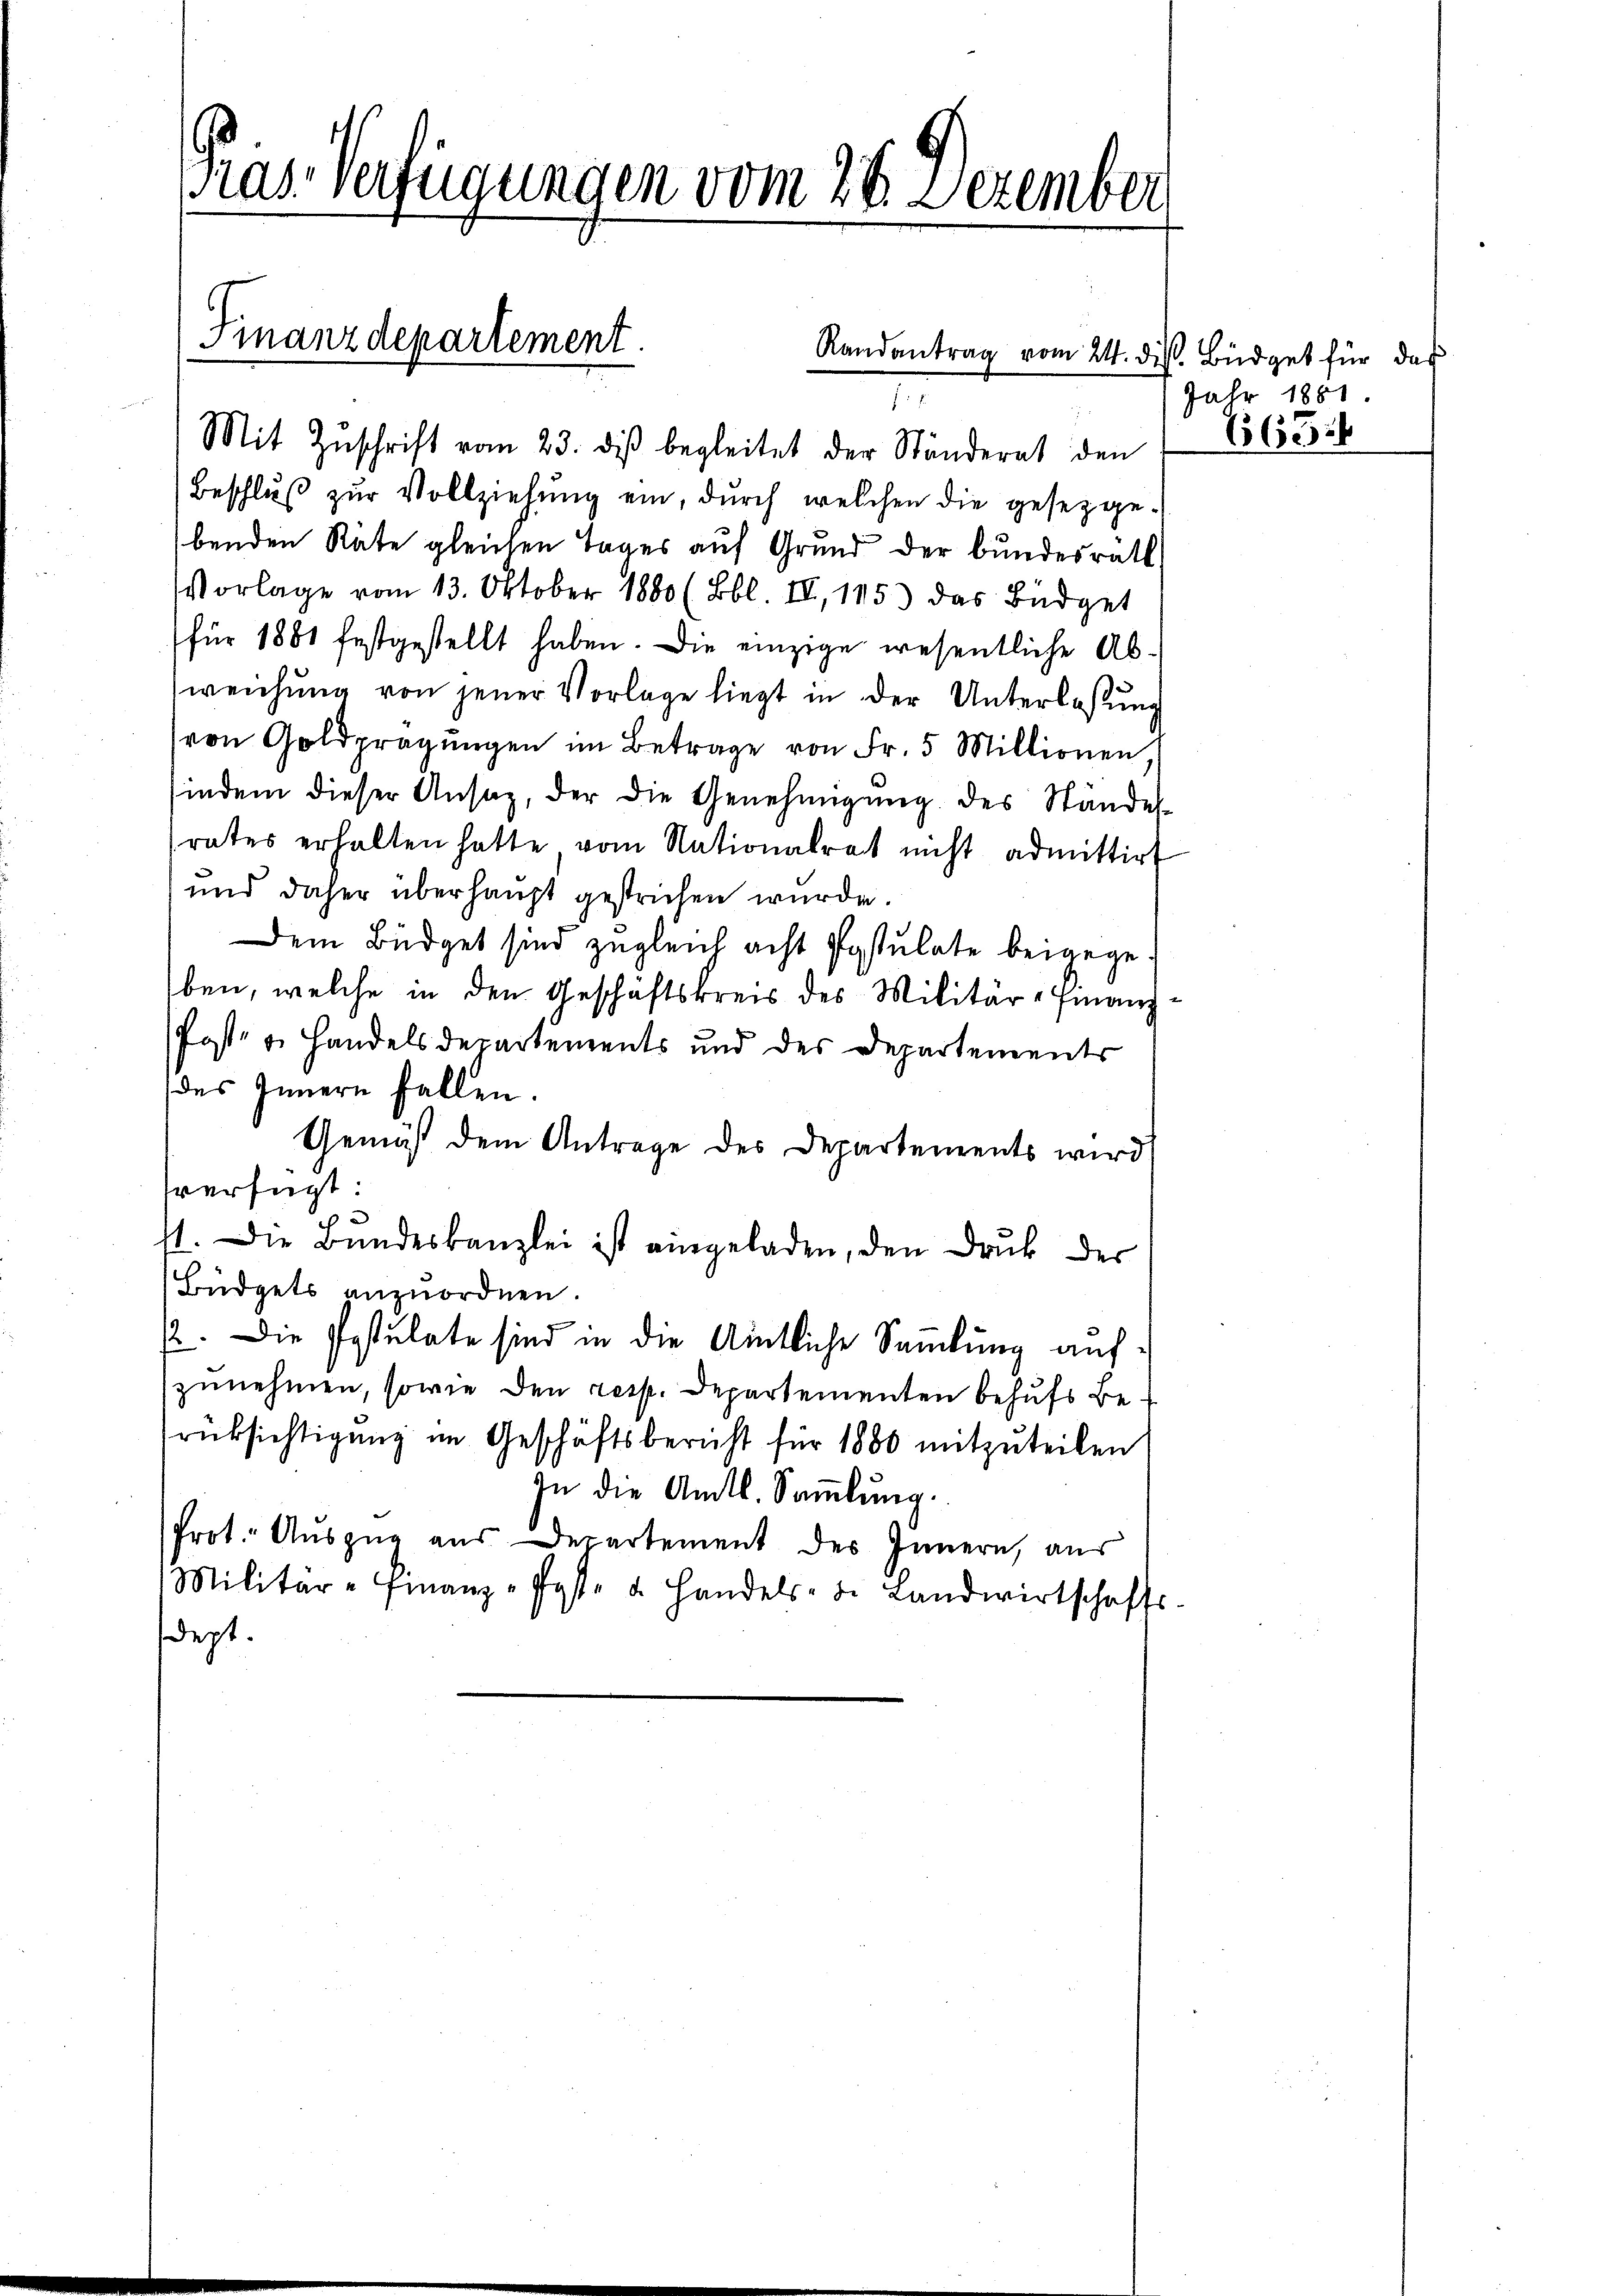
Pras Verfügungen vom 28. Dezember
Finanzdepartement.
Randantrag vom 24. des Büdget für das

f f

Mit Zŭschrift vom 23. diβ begleitet der Ständerat den
Beschlŭβ zŭr Vollziehŭng ein, durch welchen die gesetzge-
benden Rate gleichen Tages auf Grund der Bundesrath,
Vorlage vom 13. Oktober 1880 (Bbl. II, 115) das Büdget
für 1881 festgestellt haben. Die einzige wesentliche Abweichŭng von jener Vorlage liegt in der Unterlassŭng
von Goldpragŭngen im Betrage von Fr. 5 Millionen
indem dieser Ansaz, der die Genehmigŭng des Stände
rates erhalten hatte vom Nationalrat nicht admittirt
und daher überhaupt gestrichen wurde.
Dem Büdget sind zugleich acht Postulate beigegeben, welche in den Geschäftskreis des Militär-Finanz¬
Post- u. Handelsdepartements und des Departements
des Innern fallen.
Gemäß dem Antrage des Departements wird
verfügt:
41. Die Bundeskanzlei ist angeladen, den Druk der
Büdgets anzuordnen.
12. Die Postulate sind in die Amtliche Sammlung aufzunehmen, sowie den resp. Departementen behufs Berücksichtigung im Geschäftsbericht für 1880 mitzuteilen
In die Amtl. Sammlung.
Prot. Auszug aus Departement des Innern, aus
Militär-Finanz-Post- u. Handels- u. Landwirtschafts-
dept.

Jahr 1881.
6654